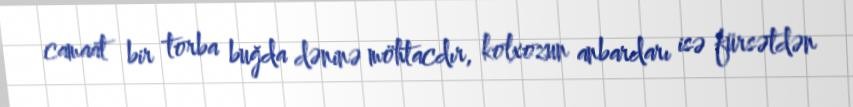
camaat bir torba buğda dəninə möhtacdır, kolxozun anbardarı isə fürsətdən